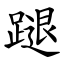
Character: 蹆